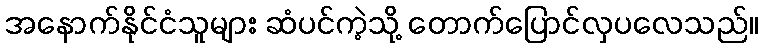
အနောက်နိုင်ငံသူများ ဆံပင်ကဲ့သို့ တောက်ပြောင်လှပလေသည်။